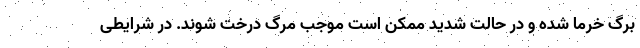
برگ خرما شده و در حالت شدید ممکن است موجب مرگ درخت شوند. در شرایطی